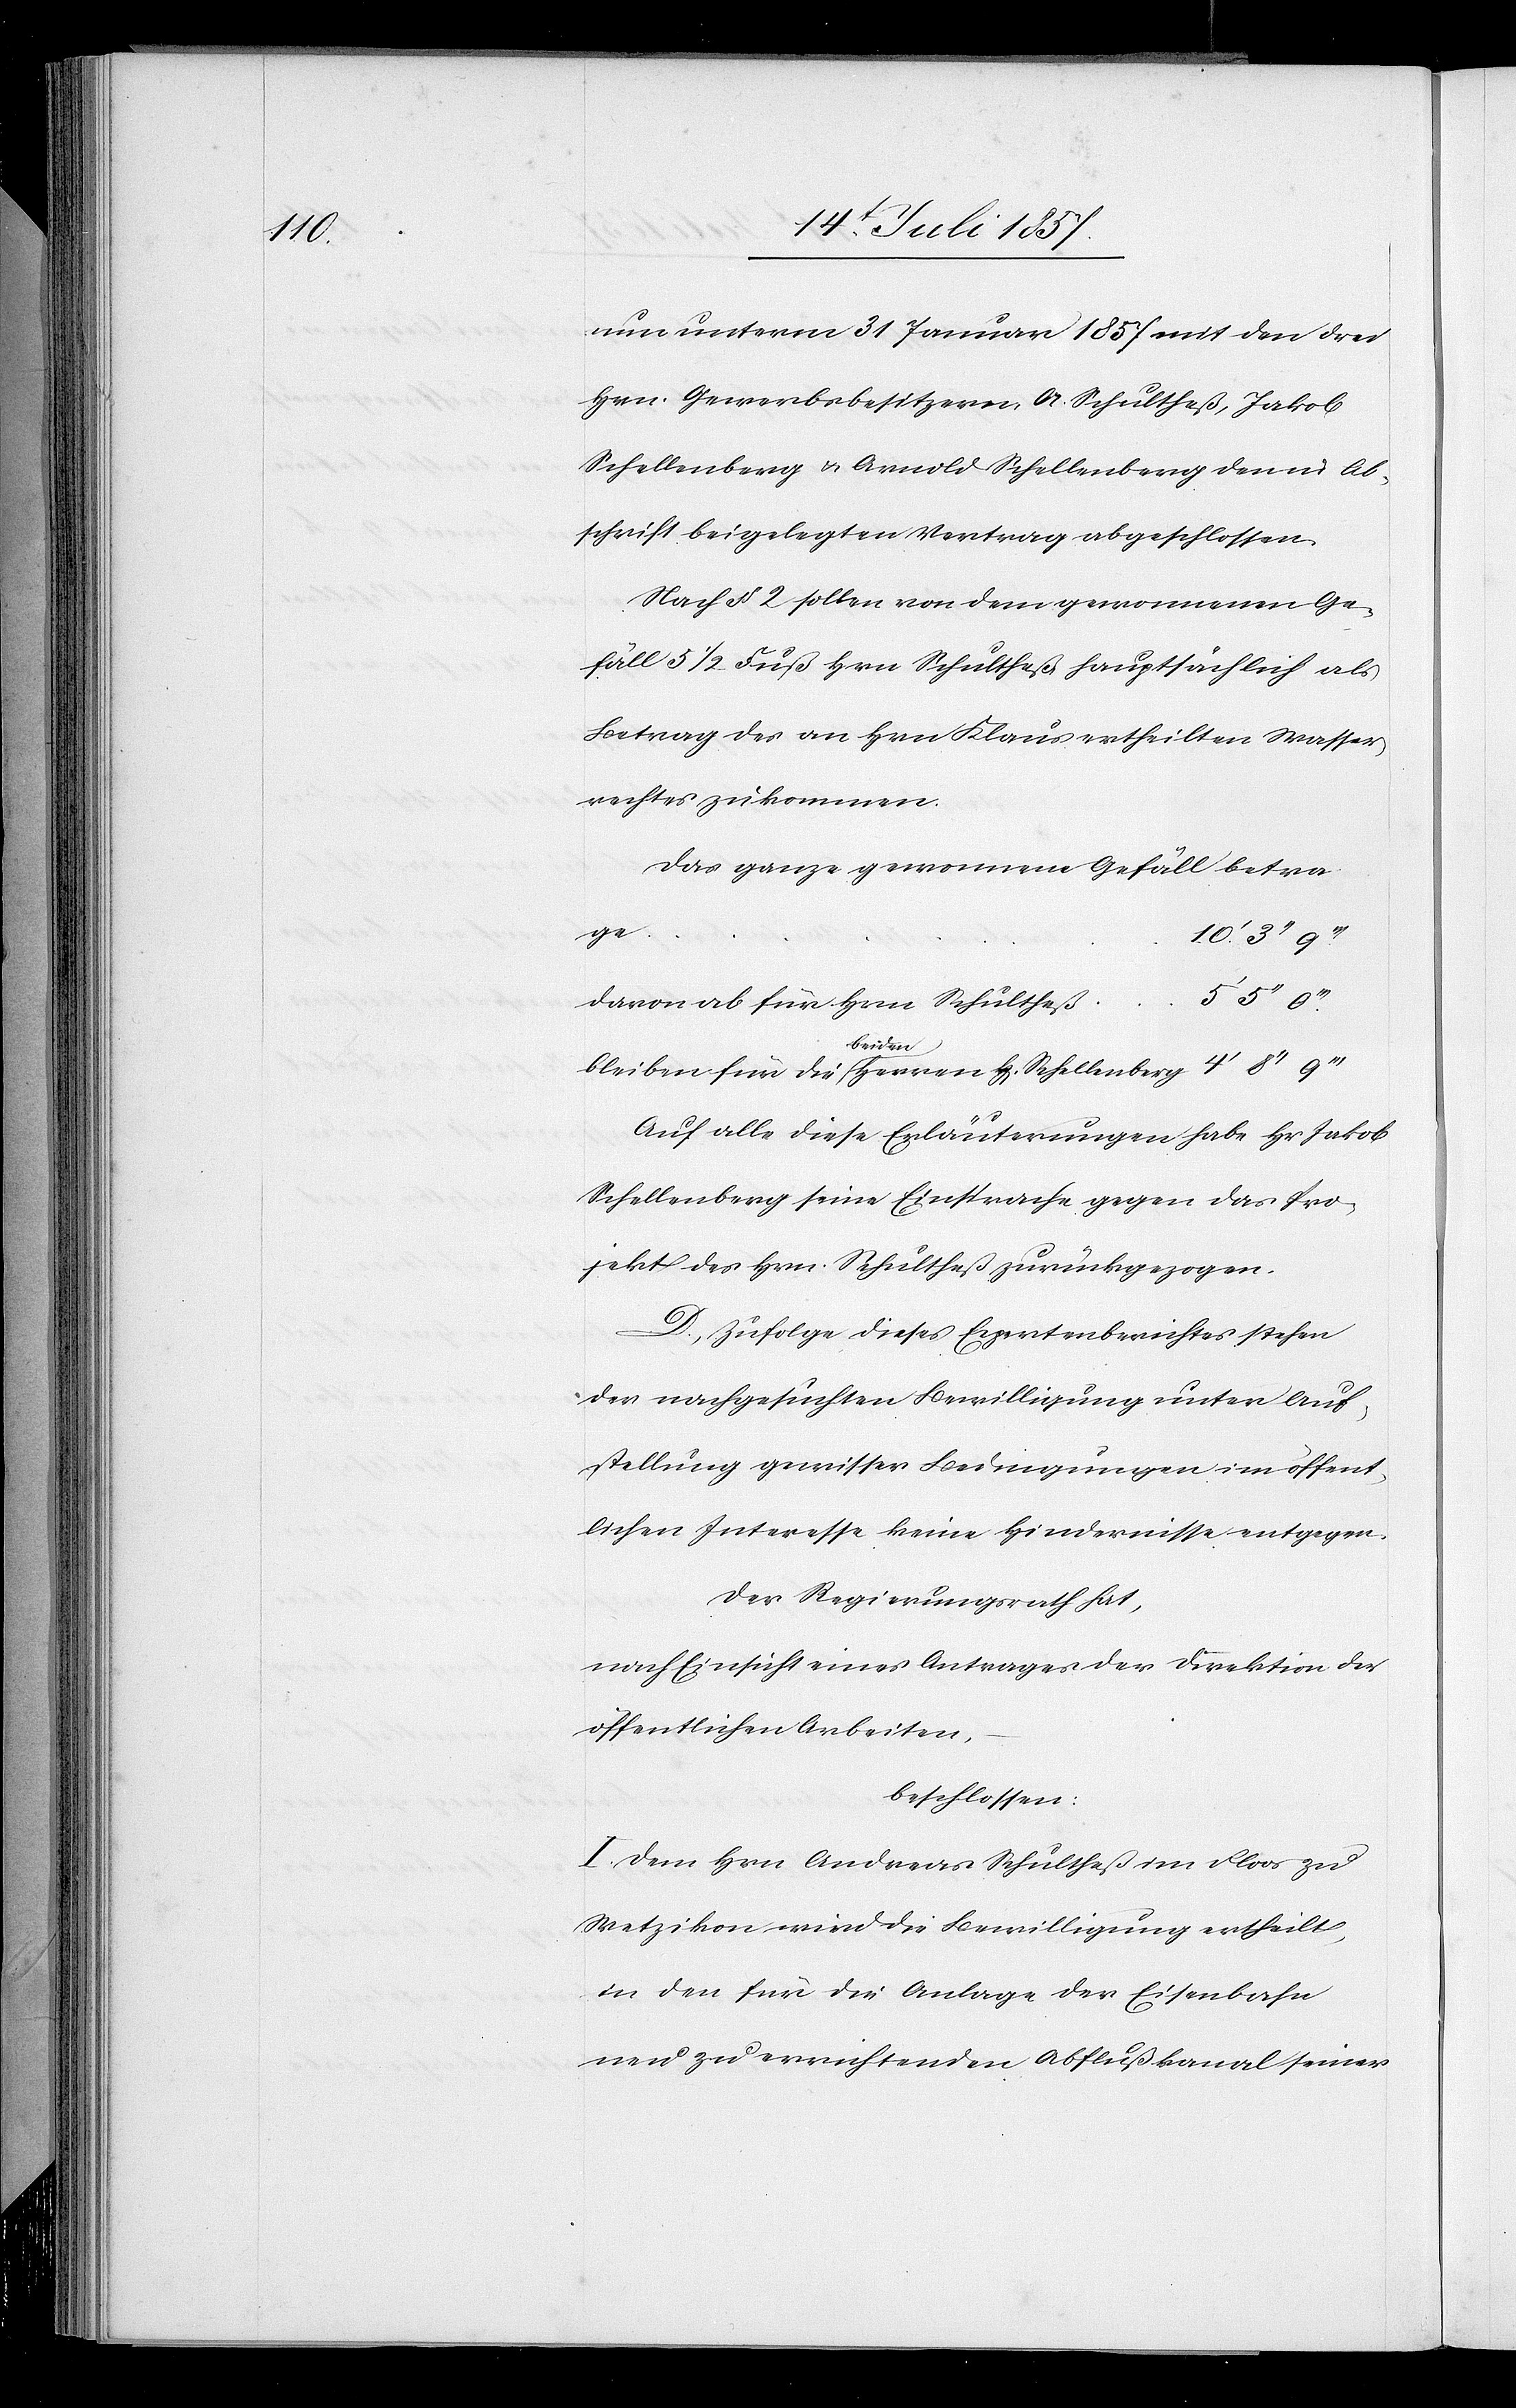
die

nun unterm 31 Januar 1857 mit den drei
Hrn. Gewerbsbesitzern A. Schultheß, Jakob
Schellenberg & Arnold Schellenberg den in Ab¬
schrift beigelegten Vertrag abgeschlossen.
Nach § 2 sollen von dem genommenen Ge¬
fäll 5 1/2 Fuß Hrn. Schultheß hauptsächlich als
Betrag des an Hrn. Klaus ertheilten Wasser¬
rechtes zukommen.
beiden
Auf alle diese Erläuterungen habe Hr Jakob
Schellenberg seine Einsprache gegen das Pro¬
jekt des Hrn. Schultheß zurückgezogen.
D. Zufolge dieses Expertenberichtes stehen
der nachgesuchten Bewilligung unter Auf¬
stellung gewisser Bedingungen im öffent¬
lichen Interesse keine Hindernisse entgegen.
Der Regierungsrath hat,
nach Einsicht eines Antrages der Direktion der
öffentlichen Arbeiten,
beschlossen:
I. Dem Hrn. Andreas Schultheß im Floos zu
Wetzikon wird die Bewilligung ertheilt,
in den für die Anlage der Eisenbahn
neu zu errichtenden Abflußkanal seiner